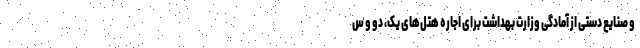
و صنایع دستی از آمادگی وزارت بهداشت برای اجاره هتل‌های یک، دو و س